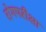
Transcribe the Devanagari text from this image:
रोगपरीक्षा